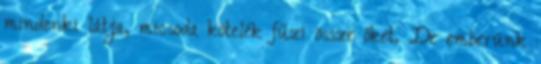
mindenki látja, micsoda kötelék fűzi össze őket. De emberünk